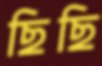
ছিছি